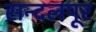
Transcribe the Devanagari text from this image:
सन्दलपूर